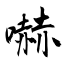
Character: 嚇